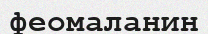
феомаланин